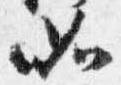
如